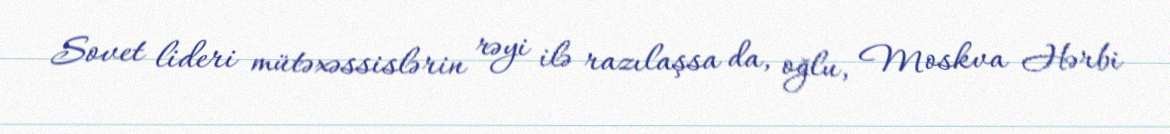
Sovet lideri mütəxəssislərin rəyi ilə razılaşsa da, oğlu, Moskva Hərbi